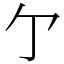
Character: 亇